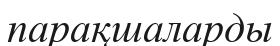
парақшаларды